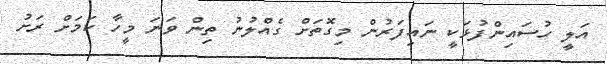
އަލީ ހުސައިންފުޅަކީ ނައިފަރުން މިގޮތަށް ގެއްލުނު ތިން ވަނަ މީހާ ކަމަށް ރަށު